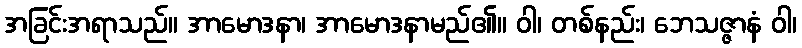
အခြင်းအရာသည်။ အာမောဒနာ၊ အာမောဒနာမည်၏။ ဝါ၊ တစ်နည်း၊ ဘေသဇ္ဇာနံ ဝါ၊